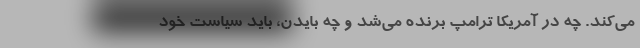
می‌کند. چه در آمریکا ترامپ برنده می‌شد و چه بایدن، باید سیاست خود